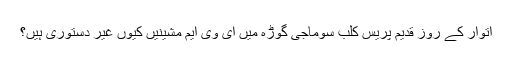
اتوار کے روز قدیم پریس کلب سوماجی گوڑہ میں ای وی ایم مشینیں کیوں غیر دستوری ہیں؟